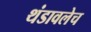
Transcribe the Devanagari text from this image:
थंडावलेच